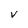
Character: V